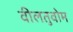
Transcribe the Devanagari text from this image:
वीलतुवोम